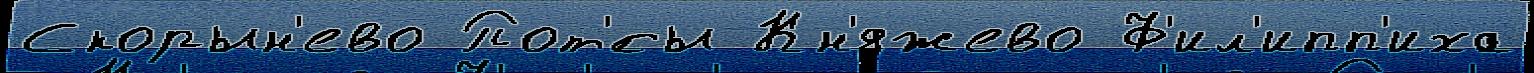
Скорын'ево Пот'́сы Кн'яжево Ф'ил'ипп'иха